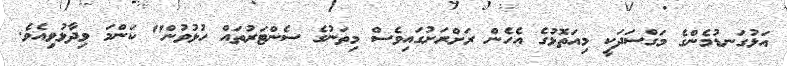
އަޅުގަނޑުމެންގެ މަގްސަދަކީ މިއަތޮޅުގެ އެހެން ރަށްރަށުގައިވެސް މިތަނުގެ ސެންޓަރުތައް ހުޅުވުން" ކަންމަ ވިދާޅުވިއެވެ.